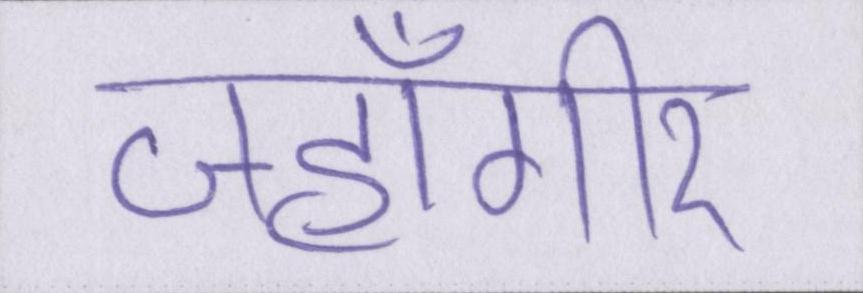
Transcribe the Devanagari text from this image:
जहाँगीर